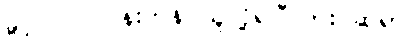
ခွင့်ပြုပါ။ ပန်းကန် ယူလို့ရပြီလား ဆရာ။